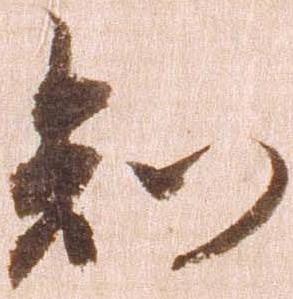
知